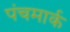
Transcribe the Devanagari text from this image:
पंचमार्क